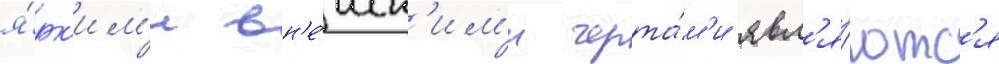
я́рк'им'и вн'е́шн'им'и черта́м'и явл'я́ютс'я